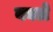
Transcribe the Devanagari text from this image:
बक्ले